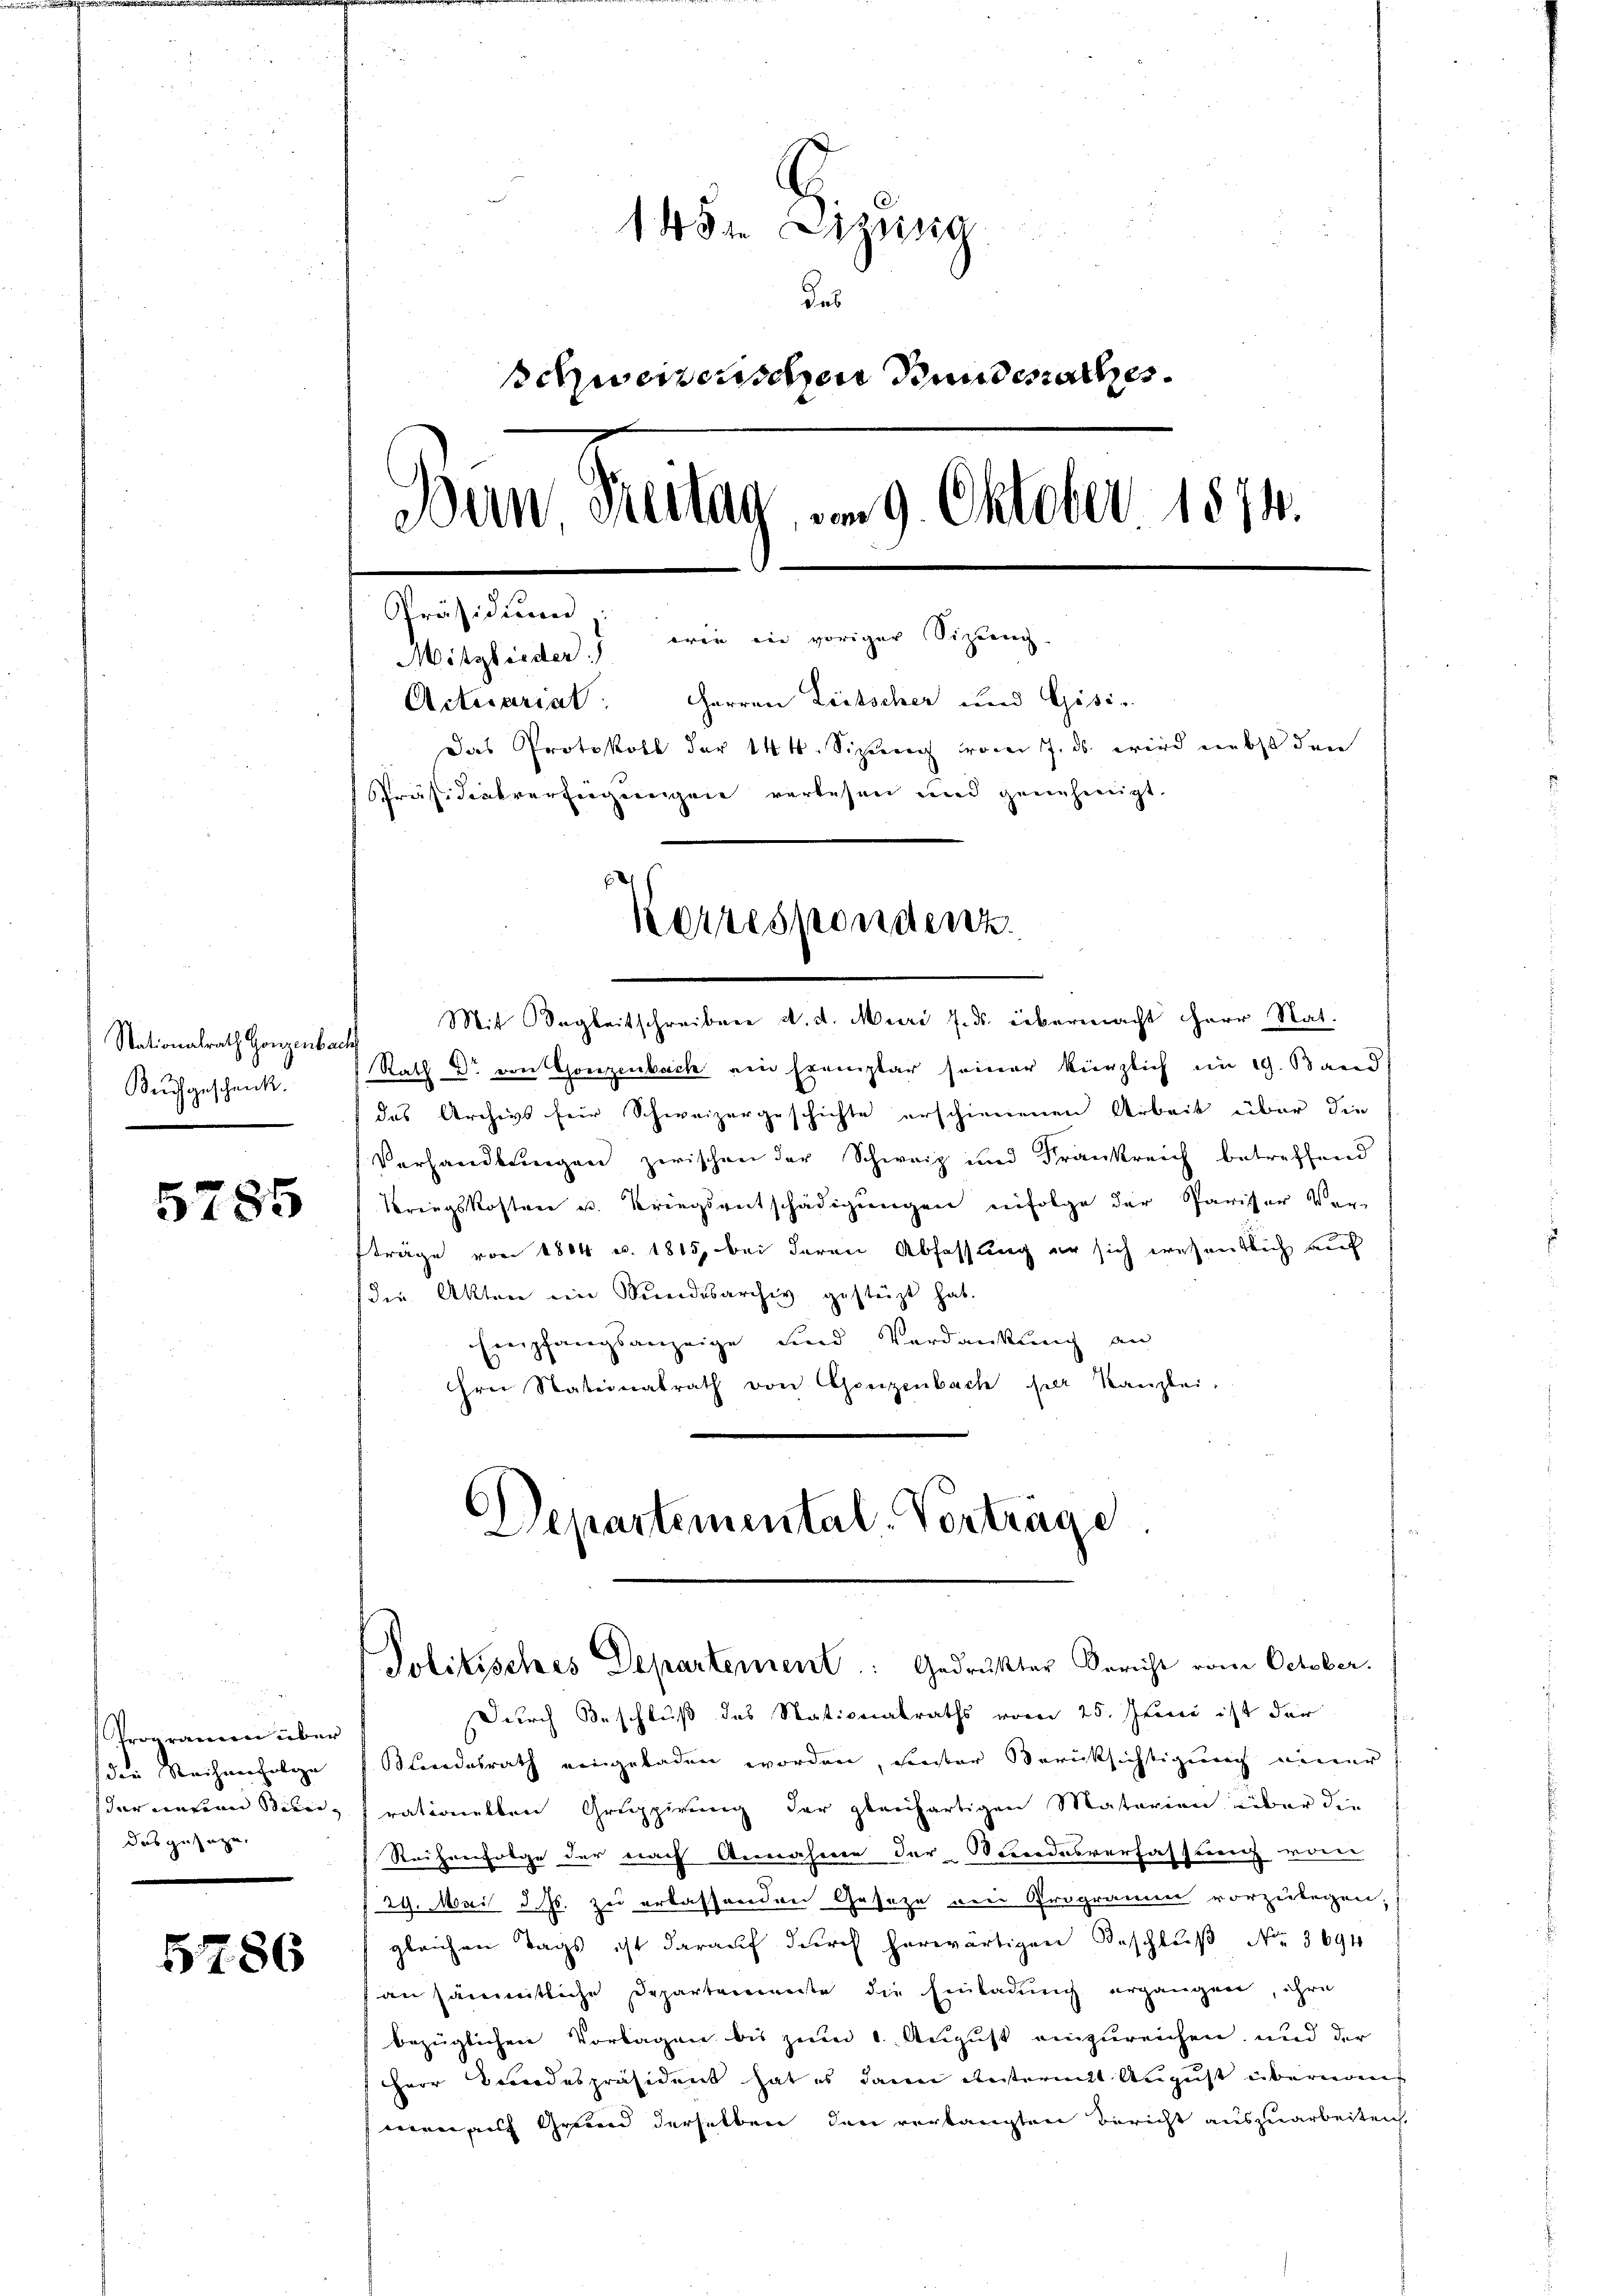
Nationalrath Gonzenba
Bauchgeschenk

5785

Programen über
die Rechnenfolge
der unter Biene,
das gesage,

5786

14 St. Lizinig
Das
schweizerischen Bundesrathes.
Bun Freitag u. 9. Oktober 1874.
Präsidium
orin in voriger Sizung.
Mitglieder
Actuariat: Herren Litscher und Gisi-
Das Protokoll der 144. Sizung vom 7. ds. wird nebst den
Präsidialverfügungen verlesen und genehmigt.
Korrespondenz.

Mit Begleitschreiben d. d. Muri 7. ds. übermacht herr Rat.
l
Rath Dr von Gonzenbach am Exemplar seiner kürzlich im 19. Band
das Archivs für Schweizergeschichte erschienenen Arbeit über die
Verhandlungen zwischen der Schweiz und Frankreich betreffend
Kriegskosten u. Kriegsentschädigungen infolge der Pariser Ver-
fträge von 1804 c. 1815, bei deren Abfassung er sich wesentlich auf
(die Akten ein Bundesarchiv gestüzt hat.
Empfangsanzeige und Verdankung an
hrn Stationalrath von Grenzenbach per Kanzlei.

Departemental Verträge

Durch Beschluß des Stationalraths vom 25. Juni ist der
Blondesrath eingeladen worden, seiter Berücksichtigung einer
rationellere Gruppirung der gleichartigen Materien über die
Reihenfolge der nach Annahme der Bundesverfassung von
 29. Mai d. Js. zu erlassenden Gesetze von Programm vorzulegen,
gleichen Tags ist darauf durch herwärtigen Beschluß No. 3694
an sämmtliche Departemente die Einladung ergängen, ihre
bezüglichen Vorlagen bis zum 1. August einzureichen, und der
Herr Bundespräsident hat es dann erstermit August überedens
men auf Grund derselben den verlangten Bericht auszuarbeiten.

Politisches Departement: Gedrückter Bericht vom October.